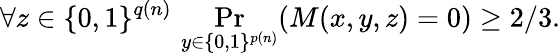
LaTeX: \forall z\in\{ 0,1\} ^{q(n)}\, \Pr_{y\in\{ 0,1\} ^{p(n)}}(M(x,y,z)=0)\geq 2/3.